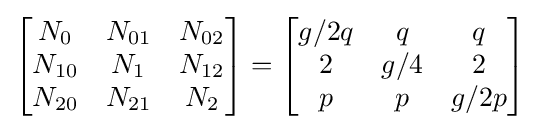
{\begin{bmatrix}{\begin{matrix}N_{0}&N_{01}&N_{02}\\N_{10}&N_{1}&N_{12}\\N_{20}&N_{21}&N_{2}\end{matrix}}\end{bmatrix}}={\begin{bmatrix}{\begin{matrix}g/2q&q&q\\2&g/4&2\\p&p&g/2p\end{matrix}}\end{bmatrix}}